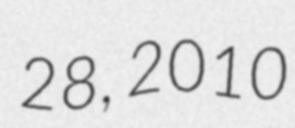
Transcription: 28, 2010